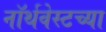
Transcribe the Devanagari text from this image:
नॉर्थवेस्टच्या